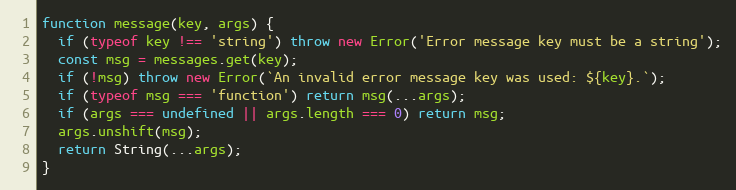
Language: JavaScript
function message(key, args) {
  if (typeof key !== 'string') throw new Error('Error message key must be a string');
  const msg = messages.get(key);
  if (!msg) throw new Error(`An invalid error message key was used: ${key}.`);
  if (typeof msg === 'function') return msg(...args);
  if (args === undefined || args.length === 0) return msg;
  args.unshift(msg);
  return String(...args);
}